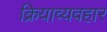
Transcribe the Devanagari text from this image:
क्रियाव्यवहार